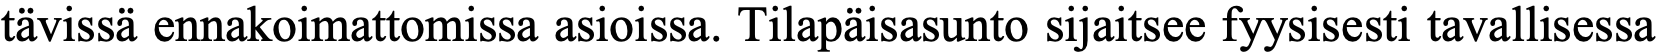
tävissä ennakoimattomissa asioissa. Tilapäisasunto sijaitsee fyysisesti tavallisessa